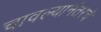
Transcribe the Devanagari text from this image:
चावल्यानंतरचे